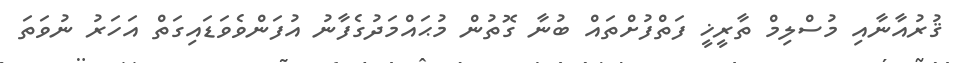
ޤުރުއާނާއި މުސްލިމް ތާރީޚީ ފަތްފުށްތައް ބުނާ ގޮތުން މުޙައްމަދުގެފާނު އުފަންވެވަޑައިގަތް އަހަރު ނުވަތަ